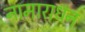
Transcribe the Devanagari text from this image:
नामाराधन